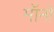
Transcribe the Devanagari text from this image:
मॉनो